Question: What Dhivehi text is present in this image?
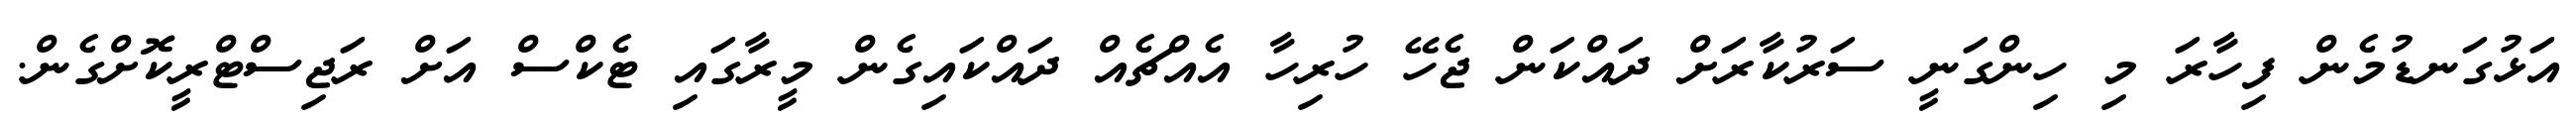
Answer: އަޅުގަނޑުމެން ފިހާރަ މި ހިންގަނީ ސަރުކާރަށް ދައްކަން ޖެހޭ ހުރިހާ އެއްޗެއް ދައްކައިގެން މީރާގައި ޓެކްސް އަށް ރަޖިސްޓްރީކޮށްގެން.